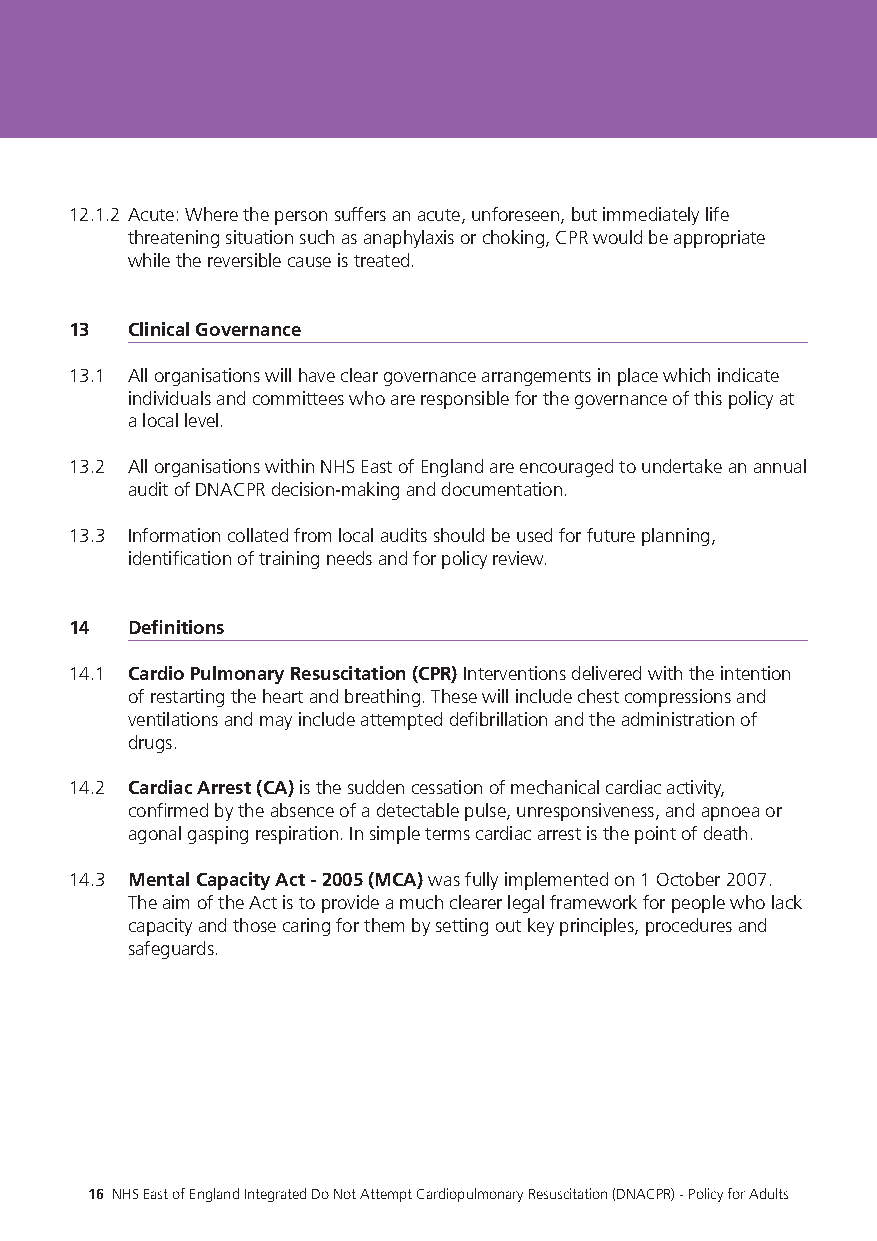
12.1.2 Acute: Where the person suffers an acute, unforeseen, but immediately life
 threatening situation such as anaphylaxis or choking, CPR would be appropriate
 while the reversible cause is treated.
 13 Clinical Governance
 13.1 All organisations will have clear governance arrangements in place which indicate
 individuals and committees who are responsible for the governance of this policy at
 a local level.
 13.2 All organisations within NHS East of England are encouraged to undertake an annual
 audit of DNACPR decision-making and documentation.
 13.3 Information collated from local audits should be used for future planning,
 identification of training needs and for policy review.
 14 Definitions
 14.1 Cardio Pulmonary Resuscitation (CPR) Interventions delivered with the intention
 of restarting the heart and breathing. These will include chest compressions and
 ventilations and may include attempted defibrillation and the administration of
 drugs.
 14.2 Cardiac Arrest (CA) is the sudden cessation of mechanical cardiac activity,
 confirmed by the absence of a detectable pulse, unresponsiveness, and apnoea or
 agonal gasping respiration. In simple terms cardiac arrest is the point of death.
 14.3 Mental Capacity Act - 2005 (MCA) was fully implemented on 1 October 2007.
 The aim of the Act is to provide a much clearer legal framework for people who lack
 capacity and those caring for them by setting out key principles, procedures and
 safeguards.
 16 NHS East of England Integrated Do Not Attempt Cardiopulmonary Resuscitation (DNACPR) - Policy for Adults 17 NHS East of England Integrated Do Not Attempt Cardiopulmonary Resuscitation (DNACPR) - Policy for Adults